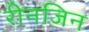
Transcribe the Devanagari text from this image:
रीनजिन